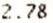
2.78